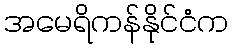
အမေရိကန်နိုင်ငံက